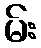
မ်း